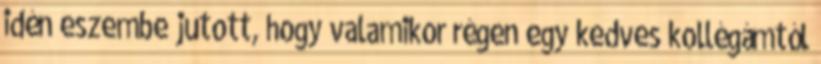
idén eszembe jutott, hogy valamikor régen egy kedves kollégámtól